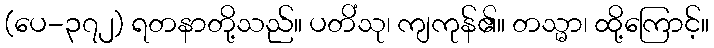
(ပေ-၃၇၂) ရတနာတို့သည်။ ပတိံသု၊ ကျကုန်၏။ တသ္မာ၊ ထို့ကြောင့်။